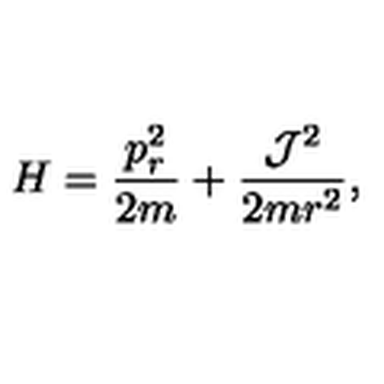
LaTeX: H = \frac { p _ { r } ^ { 2 } } { 2 m } + \frac { { \cal J } ^ { 2 } } { 2 m r ^ { 2 } } ,